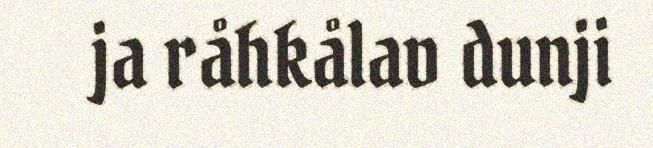
ja råhkålav dunji